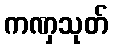
ကဏှသုတ်